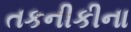
તકનીકીના